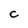
Character: C